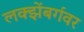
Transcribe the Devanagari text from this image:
लक्झेंबर्गवर